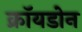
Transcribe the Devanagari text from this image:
क्रॉयडोन